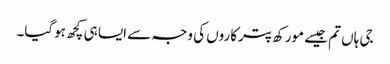
جی ہاں تم جیسے مورکھ پترکاروں کی وجہ سے ایسا ہی کچھ ہوگیا۔